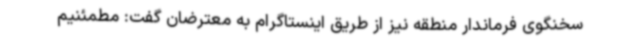
سخنگوی فرماندار منطقه نیز از طریق اینستاگرام به معترضان گفت: مطمئنیم